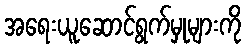
အရေးယူဆောင်ရွက်မှုများကို